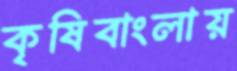
কৃষিবাংলায়